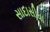
સાદાસીધા